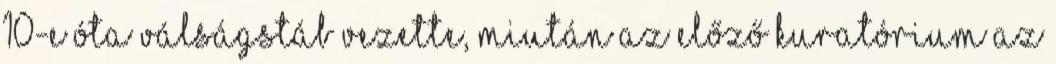
10-e óta válságstáb vezette, miután az előző kuratórium az